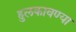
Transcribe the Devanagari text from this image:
हुलकावण्या